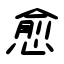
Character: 愈